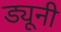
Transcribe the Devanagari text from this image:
ड्यूनी